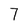
Character: 7